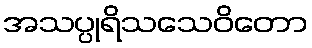
အသပ္ပုရိသသေဝိတော